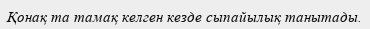
Қонақ та тамақ келген кезде сыпайылық танытады.